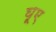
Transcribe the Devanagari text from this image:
घूए